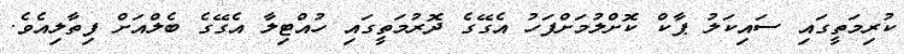
ކުރިމަތީގައި ސައިކަލު ޕާކް ކޮށްލުމަށްފަހު އެގޭގެ ދޮރުމަތީގައި ހުއްޓިލާ އެގޭގެ ބެލްއަށް ފިތާލިއެވެ.